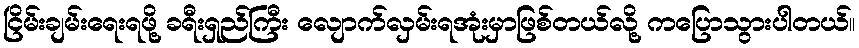
ငြိမ်းချမ်းရေးရဖို့ ခရီးရှည်ကြီး လျောက်လှမ်းရအုံးမှာဖြစ်တယ်လို့ ကပြောသွားပါတယ်။